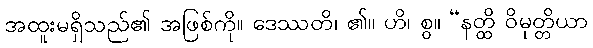
အထူးမရှိသည်၏ အဖြစ်ကို။ ဒေဿတိ၊ ၏။ ဟိ၊ စွ။ “နတ္ထိ ဝိမုတ္တိယာ